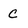
Character: C